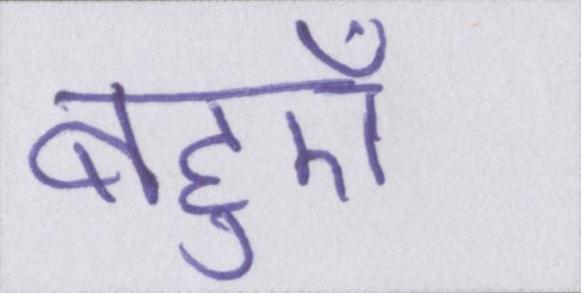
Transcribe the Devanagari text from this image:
बहुएँ